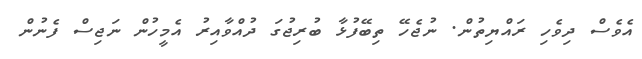
އެވެސް ދިވެހި ރައްޔިތުން. ނުޖެހޭ ތިބޭފުޅާ ބުރިޖުގަ ދުއްވާއިރު އެމީހުން ނަޖިސް ފެނުން